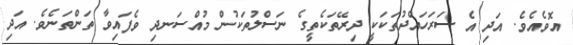
އޮވެއެވެ. އަދި އެ ސަރަހައްދުތަކަކީ ދިރޭތަކެތީގެ ނަސްލުތަކުން މުއްސަނދި ވެފައިވާ ތަންތަނެވެ. އަދި